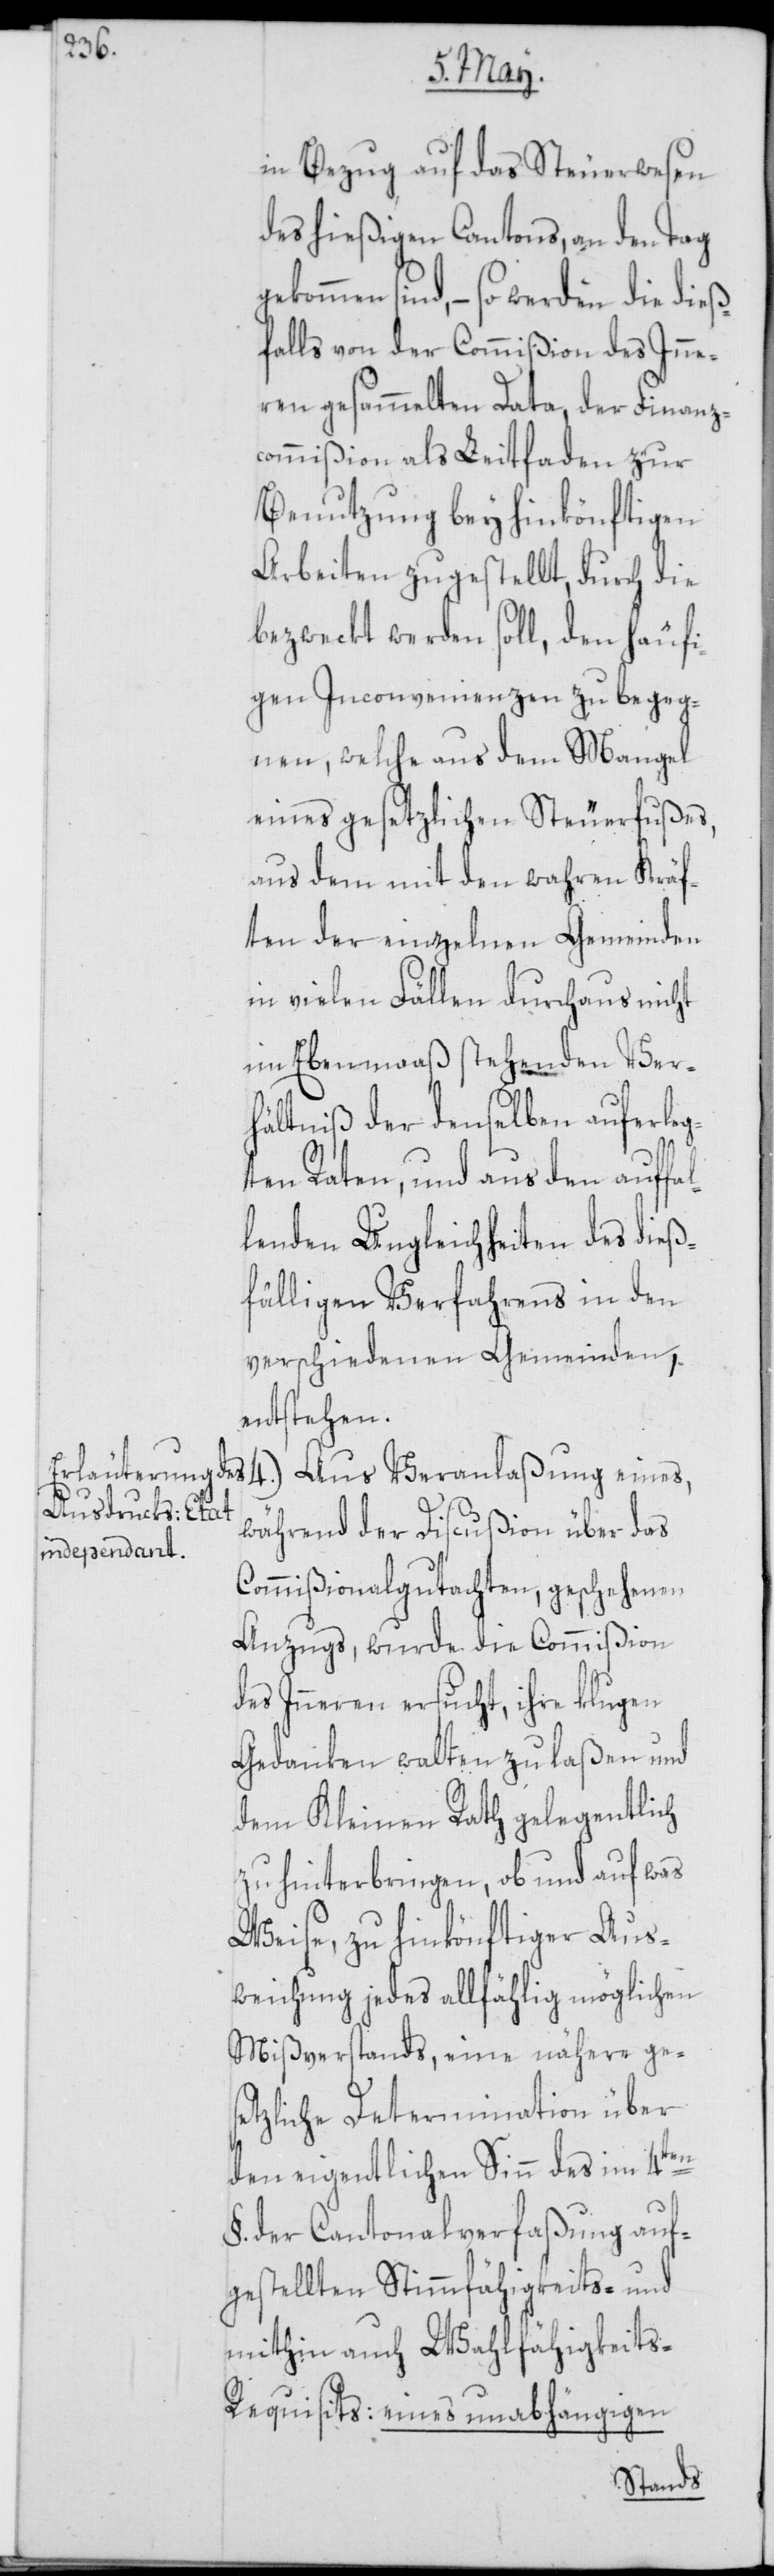
in Bezug auf das Steuerwesen
des hießigen Cantons, an den Tag
sind, – so werden die dieß¬
falls von der Commißion des Inne¬
ren gesammelten Data, der Finanz¬
commißion als Leitfaden zur
Benutzung bey hinkönftigen
Arbeiten zugestellt, durch die
bezweckt werden soll, den häufi¬
gen Inconvenienzen zu begeg¬
nen, welche aus dem Mangel
eines gesetzlichen Steuerfußes,
aus dem mit den wahren Kräf¬
ten der einzelnen Gemeinden
in vielen Fällen durchaus nicht
im Ebenmaaß stehenden Ver¬
hältniß der denselben auferleg¬
ten Raten, und aus den auffal¬
lenden Ungleichheiten des dieß¬
fälligen Verfahrens in den
verschiedenen Gemeinden,
entstehen.
4.) Aus Veranlaßung eines,
während der Discußion über das
Commißionalgutachten, geschehenen
Anzugs, wurde die Commißion
des Inneren ersucht, ihre klugen
Gedanken walten zu laßen und
dem Kleinen Rath gelegentlich
zu hinterbringen, ob und auf was
Weise, zu hinkönftiger Aus¬
weichung jedes allfählig möglichen
Mißverstands, eine nähere ge¬
setzliche Determination über
den eigentlichen Sinn des im 4ten
§. der Cantonalverfaßung auf¬
gestellten Stimmfähigkeits- und
mithin auch Wahlfähigkeits-R¬
equisits: eines unabhängigen